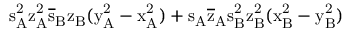
\mathrm { s _ { A } ^ { 2 } \mathrm { z _ { A } ^ { 2 } \mathrm { \overline { { s } } _ { B } \mathrm { z _ { B } ( \mathrm { y _ { A } ^ { 2 } - \mathrm { x _ { A } ^ { 2 } ) + \mathrm { s _ { A } \mathrm { \overline { { z } } _ { A } \mathrm { s _ { B } ^ { 2 } \mathrm { z _ { B } ^ { 2 } ( \mathrm { x _ { B } ^ { 2 } - \mathrm { y _ { B } ^ { 2 } ) } } } } } } } } } } } }